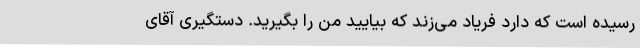
رسیده است که دارد فریاد می‌زند که بیایید من را بگیرید. دستگیری آقای